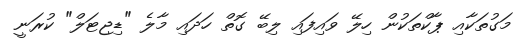
މަގުތަކާއި ޕާކްތަކުން ހިލޭ ވައިފައި ލިބޭ ގޮތް ހަދައި މާލެ "ޑިޖިޓަލް" ކުރަނީ